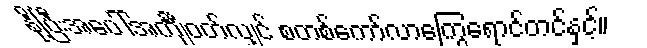
နို့ပြီးအပေါ်အင်္ကျီဝတ်လျှင် စတစ်ကော်လာကြွေရောင်တင်နှင့်။